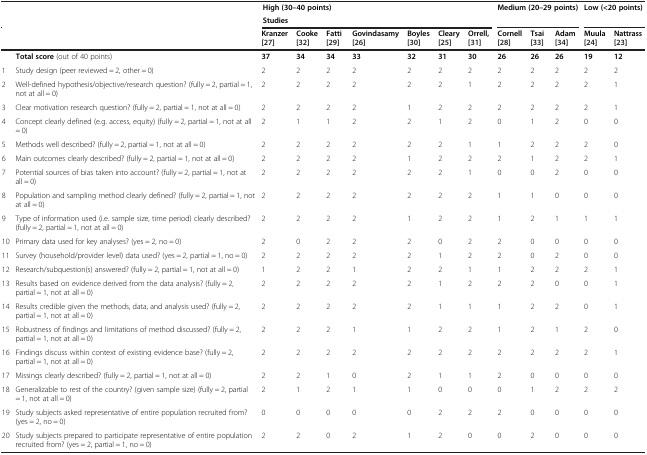
<table><thead><tr><td colspan="9"><b>High (30–40 points)</b></td><td colspan="3"><b>Medium (20–29 points)</b></td><td colspan="2"><b>Low (&lt;20 points)</b></td></tr><tr><td colspan="9"><b>Studies</b></td><td colspan="3"><b> </b></td><td colspan="2"><b> </b></td></tr><tr><td colspan="2"><b> </b></td><td><b>Kranzer[[27]]</b></td><td><b>Cooke[[32]]</b></td><td><b>Fatti[[29]]</b></td><td><b>Govindasamy[[26]]</b></td><td><b>Boyles[[30]]</b></td><td><b>Cleary[[25]]</b></td><td><b>Orrell,[[31]]</b></td><td><b>Cornell[[28]]</b></td><td><b>Tsai[[33]]</b></td><td><b>Adam[[34]]</b></td><td><b>Muula[[24]]</b></td><td><b>Nattrass[[23]]</b></td></tr></thead><tbody><tr><td colspan="2"><b>Total score</b> (out of 40 points)</td><td><b>37</b></td><td><b>34</b></td><td><b>34</b></td><td><b>33</b></td><td><b>32</b></td><td><b>31</b></td><td><b>30</b></td><td><b>26</b></td><td><b>26</b></td><td><b>26</b></td><td><b>19</b></td><td><b>12</b></td></tr><tr><td>1</td><td>Study design (peer reviewed = 2, other = 0)</td><td>2</td><td>2</td><td>2</td><td>2</td><td>2</td><td>2</td><td>2</td><td>2</td><td>2</td><td>2</td><td>2</td><td>2</td></tr><tr><td>2</td><td>Well-defined hypothesis/objective/research question? (fully = 2, partial = 1, not at all = 0)</td><td>2</td><td>2</td><td>2</td><td>2</td><td>2</td><td>2</td><td>1</td><td>2</td><td>2</td><td>2</td><td>2</td><td>1</td></tr><tr><td>3</td><td>Clear motivation research question? (fully = 2, partial = 1, not at all = 0)</td><td>2</td><td>2</td><td>2</td><td>2</td><td>1</td><td>2</td><td>2</td><td>2</td><td>2</td><td>2</td><td>2</td><td>1</td></tr><tr><td>4</td><td>Concept clearly defined (e.g. access, equity) (fully = 2, partial = 1, not at all = 0)</td><td>2</td><td>1</td><td>1</td><td>2</td><td>2</td><td>1</td><td>2</td><td>0</td><td>1</td><td>2</td><td>0</td><td>0</td></tr><tr><td>5</td><td>Methods well described? (fully = 2, partial = 1, not at all = 0)</td><td>2</td><td>2</td><td>2</td><td>2</td><td>2</td><td>2</td><td>1</td><td>1</td><td>2</td><td>2</td><td>2</td><td>0</td></tr><tr><td>6</td><td>Main outcomes clearly described? (fully = 2, partial = 1, not at all = 0)</td><td>2</td><td>2</td><td>2</td><td>2</td><td>1</td><td>2</td><td>2</td><td>2</td><td>1</td><td>2</td><td>2</td><td>1</td></tr><tr><td>7</td><td>Potential sources of bias taken into account? (fully = 2, partial = 1, not at all = 0)</td><td>2</td><td>2</td><td>2</td><td>2</td><td>2</td><td>2</td><td>1</td><td>0</td><td>0</td><td>2</td><td>0</td><td>0</td></tr><tr><td>8</td><td>Population and sampling method clearly defined? (fully = 2, partial = 1, not at all = 0)</td><td>2</td><td>2</td><td>2</td><td>2</td><td>2</td><td>2</td><td>2</td><td>1</td><td>1</td><td>0</td><td>0</td><td>0</td></tr><tr><td>9</td><td>Type of information used (i.e. sample size, time period) clearly described? (fully = 2, partial = 1, not at all = 0)</td><td>2</td><td>2</td><td>2</td><td>2</td><td>1</td><td>2</td><td>2</td><td>1</td><td>2</td><td>1</td><td>1</td><td>1</td></tr><tr><td>10</td><td>Primary data used for key analyses? (yes = 2, no = 0)</td><td>2</td><td>0</td><td>2</td><td>2</td><td>2</td><td>0</td><td>2</td><td>2</td><td>0</td><td>0</td><td>0</td><td>0</td></tr><tr><td>11</td><td>Survey (household/provider level) data used? (yes = 2, partial = 1, no = 0)</td><td>2</td><td>2</td><td>2</td><td>2</td><td>2</td><td>1</td><td>2</td><td>2</td><td>0</td><td>2</td><td>0</td><td>0</td></tr><tr><td>12</td><td>Research/subquestion(s) answered? (fully = 2, partial = 1, not at all = 0)</td><td>1</td><td>2</td><td>2</td><td>1</td><td>2</td><td>2</td><td>1</td><td>1</td><td>2</td><td>2</td><td>2</td><td>1</td></tr><tr><td>13</td><td>Results based on evidence derived from the data analysis? (fully = 2, partial = 1, not at all = 0)</td><td>2</td><td>2</td><td>2</td><td>2</td><td>2</td><td>1</td><td>2</td><td>2</td><td>2</td><td>0</td><td>0</td><td>1</td></tr><tr><td>14</td><td>Results credible given the methods, data, and analysis used? (fully = 2, partial = 1, not at all = 0)</td><td>2</td><td>2</td><td>2</td><td>2</td><td>2</td><td>1</td><td>1</td><td>1</td><td>2</td><td>2</td><td>0</td><td>1</td></tr><tr><td>15</td><td>Robustness of findings and limitations of method discussed? (fully = 2, partial = 1, not at all = 0)</td><td>2</td><td>2</td><td>2</td><td>1</td><td>1</td><td>2</td><td>2</td><td>1</td><td>2</td><td>1</td><td>2</td><td>0</td></tr><tr><td>16</td><td>Findings discuss within context of existing evidence base? (fully = 2, partial = 1, not at all = 0)</td><td>2</td><td>2</td><td>2</td><td>2</td><td>2</td><td>2</td><td>2</td><td>2</td><td>2</td><td>2</td><td>2</td><td>1</td></tr><tr><td>17</td><td>Missings clearly described? (fully = 2, partial = 1, not at all = 0)</td><td>2</td><td>2</td><td>1</td><td>0</td><td>2</td><td>1</td><td>1</td><td>2</td><td>0</td><td>0</td><td>0</td><td>0</td></tr><tr><td>18</td><td>Generalizable to rest of the country? (given sample size) (fully = 2, partial = 1, not at all = 0)</td><td>2</td><td>1</td><td>2</td><td>1</td><td>1</td><td>0</td><td>0</td><td>0</td><td>1</td><td>2</td><td>2</td><td>2</td></tr><tr><td>19</td><td>Study subjects asked representative of entire population recruited from? (yes = 2, no = 0)</td><td>0</td><td>0</td><td>0</td><td>0</td><td>0</td><td>2</td><td>2</td><td>2</td><td>0</td><td>0</td><td>0</td><td>0</td></tr><tr><td>20</td><td>Study subjects prepared to participate representative of entire population recruited from? (yes = 2, partial = 1, no = 0)</td><td>2</td><td>2</td><td>0</td><td>2</td><td>1</td><td>2</td><td>0</td><td>0</td><td>2</td><td>0</td><td>0</td><td>0</td></tr></tbody></table>